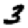
Digit: 3